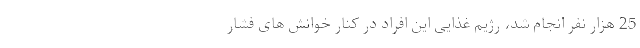
25 هزار نفر انجام شد، رژیم غذایی این افراد در کنار خوانش های فشار